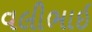
વલીભાઇ